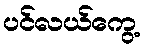
ပင်လယ်ကွေ့